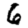
Digit: 6